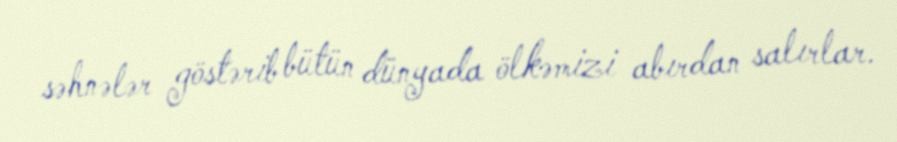
səhnələr göstərib bütün dünyada ölkəmizi abırdan salırlar.